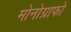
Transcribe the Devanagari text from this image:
मोनोग्राफो